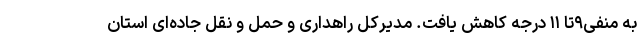
به منفی۹تا ۱۱ درجه کاهش یافت. مدیرکل راهداری و حمل و نقل جاده‌ای استان